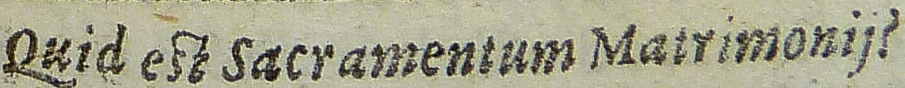
Quid est Sacramentum Matrimonij?